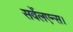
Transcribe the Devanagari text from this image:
सर्वेलएन्स।